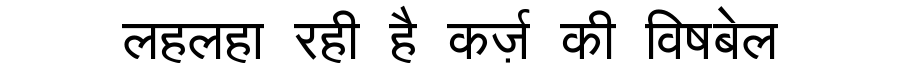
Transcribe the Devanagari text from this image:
लहलहा रही है कर्ज़ की विषबेल